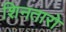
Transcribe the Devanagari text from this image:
शिनतारो